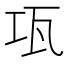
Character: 瓨